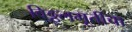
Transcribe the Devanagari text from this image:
विठ्ठलमूर्तीचा